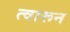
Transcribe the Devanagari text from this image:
त्वारून